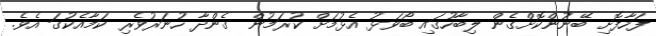
ފަހާފޮށި ބޭނުންކޮށްގެން ލިބާހުގައި ބޯވަޅު އެޅުމަށް ކުރަމުން ގެންދާ ހުނަރުވެރި ކަމާއެކުގަ އެވެ.